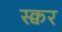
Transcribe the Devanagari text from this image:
स्क्वर